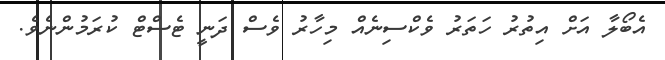
އެބޯލާ އަށް އިތުރު ހަތަރު ވެކްސިނެއް މިހާރު ވެސް ދަނީ ޓެސްޓް ކުރަމުންނެވެ.